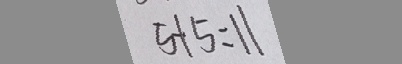
5 + 5 = 1 1